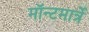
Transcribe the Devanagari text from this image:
मॉन्टमार्त्रे